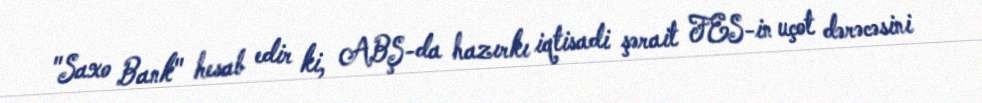
"Saxo Bank" hesab edir ki, ABŞ-da hazırkı iqtisadi şərait FES-in uçot dərəcəsini